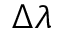
\Delta \lambda